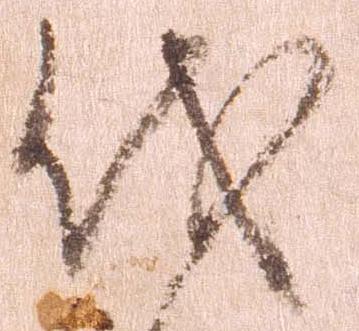
伐